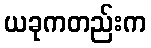
ယခုကတည်းက